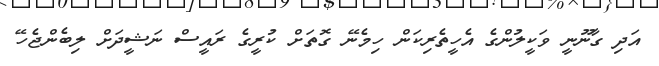
އަދި ގާނޫނީ ވަކީލުންގެ އެހީތެރިކަން ހިމެނޭ ގޮތަށް ކުރީގެ ރައީސް ނަޝީދަށް ލިބެންޖެހޭ